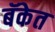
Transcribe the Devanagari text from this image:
बॅकेत